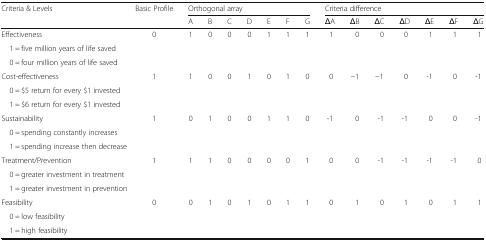
| <ROWSPAN=2> Criteria & Levels | <ROWSPAN=2> Basic Profile | <COLSPAN=7> Orthogonal array | <COLSPAN=7> Criteria difference |
 | A | B | C | D | E | F | G | ΔA | ΔB | ΔC | ΔD | ΔE | ΔF | ΔG |
 | --- | --- | --- | --- | --- | --- | --- | --- | --- | --- | --- | --- | --- | --- | --- | --- |
 | Effectiveness | 0 | 1 | 0 | 0 | 0 | 1 | 1 | 1 | 1 | 0 | 0 | 0 | 1 | 1 | 1 |
 | 1 = five million years of life saved |  |  |  |  |  |  |  |  |  |  |  |  |  |  |  |
 | 0 = four million years of life saved |  |  |  |  |  |  |  |  |  |  |  |  |  |  |  |
 | Cost-effectiveness | 1 | 1 | 0 | 0 | 1 | 0 | 1 | 0 | 0 | −1 | −1 | 0 | -1 | 0 | -1 |
 | 0 = $5 return for every $1 invested |  |  |  |  |  |  |  |  |  |  |  |  |  |  |  |
 | 1 = $6 return for every $1 invested |  |  |  |  |  |  |  |  |  |  |  |  |  |  |  |
 | Sustainability | 1 | 0 | 1 | 0 | 0 | 1 | 1 | 0 | -1 | 0 | -1 | -1 | 0 | 0 | -1 |
 | <COLSPAN=2> 0 = spending constantly increases |  |  |  |  |  |  |  |  |  |  |  |  |  |  |
 | <COLSPAN=2> 1 = spending increase then decrease |  |  |  |  |  |  |  |  |  |  |  |  |  |  |
 | Treatment/Prevention | 1 | 1 | 1 | 0 | 0 | 0 | 0 | 1 | 0 | 0 | -1 | -1 | -1 | -1 | 0 |
 | <COLSPAN=2> 0 = greater investment in treatment |  |  |  |  |  |  |  |  |  |  |  |  |  |  |
 | <COLSPAN=2> 1 = greater investment in prevention |  |  |  |  |  |  |  |  |  |  |  |  |  |  |
 | Feasibility | 0 | 0 | 1 | 0 | 1 | 0 | 1 | 1 | 0 | 1 | 0 | 1 | 0 | 1 | 1 |
 | 0 = low feasibility |  |  |  |  |  |  |  |  |  |  |  |  |  |  |  |
 | 1 = high feasibility |  |  |  |  |  |  |  |  |  |  |  |  |  |  |  |